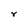
Character: r